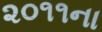
૨૦૧૧ના